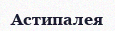
Астипалея